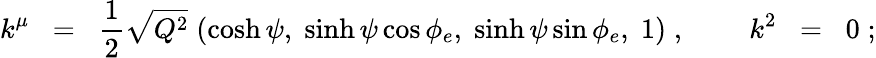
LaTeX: k^{\mu}\; \; =\; \; \frac{1}{2}\sqrt{Q^{2}}\; (\cosh\psi,\; \sinh\psi\cos\phi_{e},\; \sinh\psi\sin\phi_{e},\; 1)\; ,\; \; \; \; \; \; \; \; k^{2}\; \; =\; \; 0\; ;